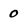
Character: 0